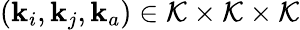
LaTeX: (\mathbf{k}_{i},\mathbf{k}_{j},\mathbf{k}_{a})\in\mathcal{K}\times\mathcal{K}\times\mathcal{K}